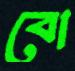
বো